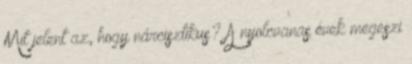
Mit jelent az, hogy nárcisztikus? A nyolcvanas évek megeszi